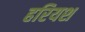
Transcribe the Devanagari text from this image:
हरियश